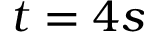
t = 4 s